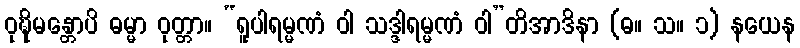
ဝုဍ္ဎိမန္တောပိ ဓမ္မာ ဝုတ္တာ။ “ရူပါရမ္မဏံ ဝါ သဒ္ဒါရမ္မဏံ ဝါ”တိအာဒိနာ (ဓ။ သ။ ၁) နယေန